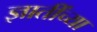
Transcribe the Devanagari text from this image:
ज्ञातींच्या